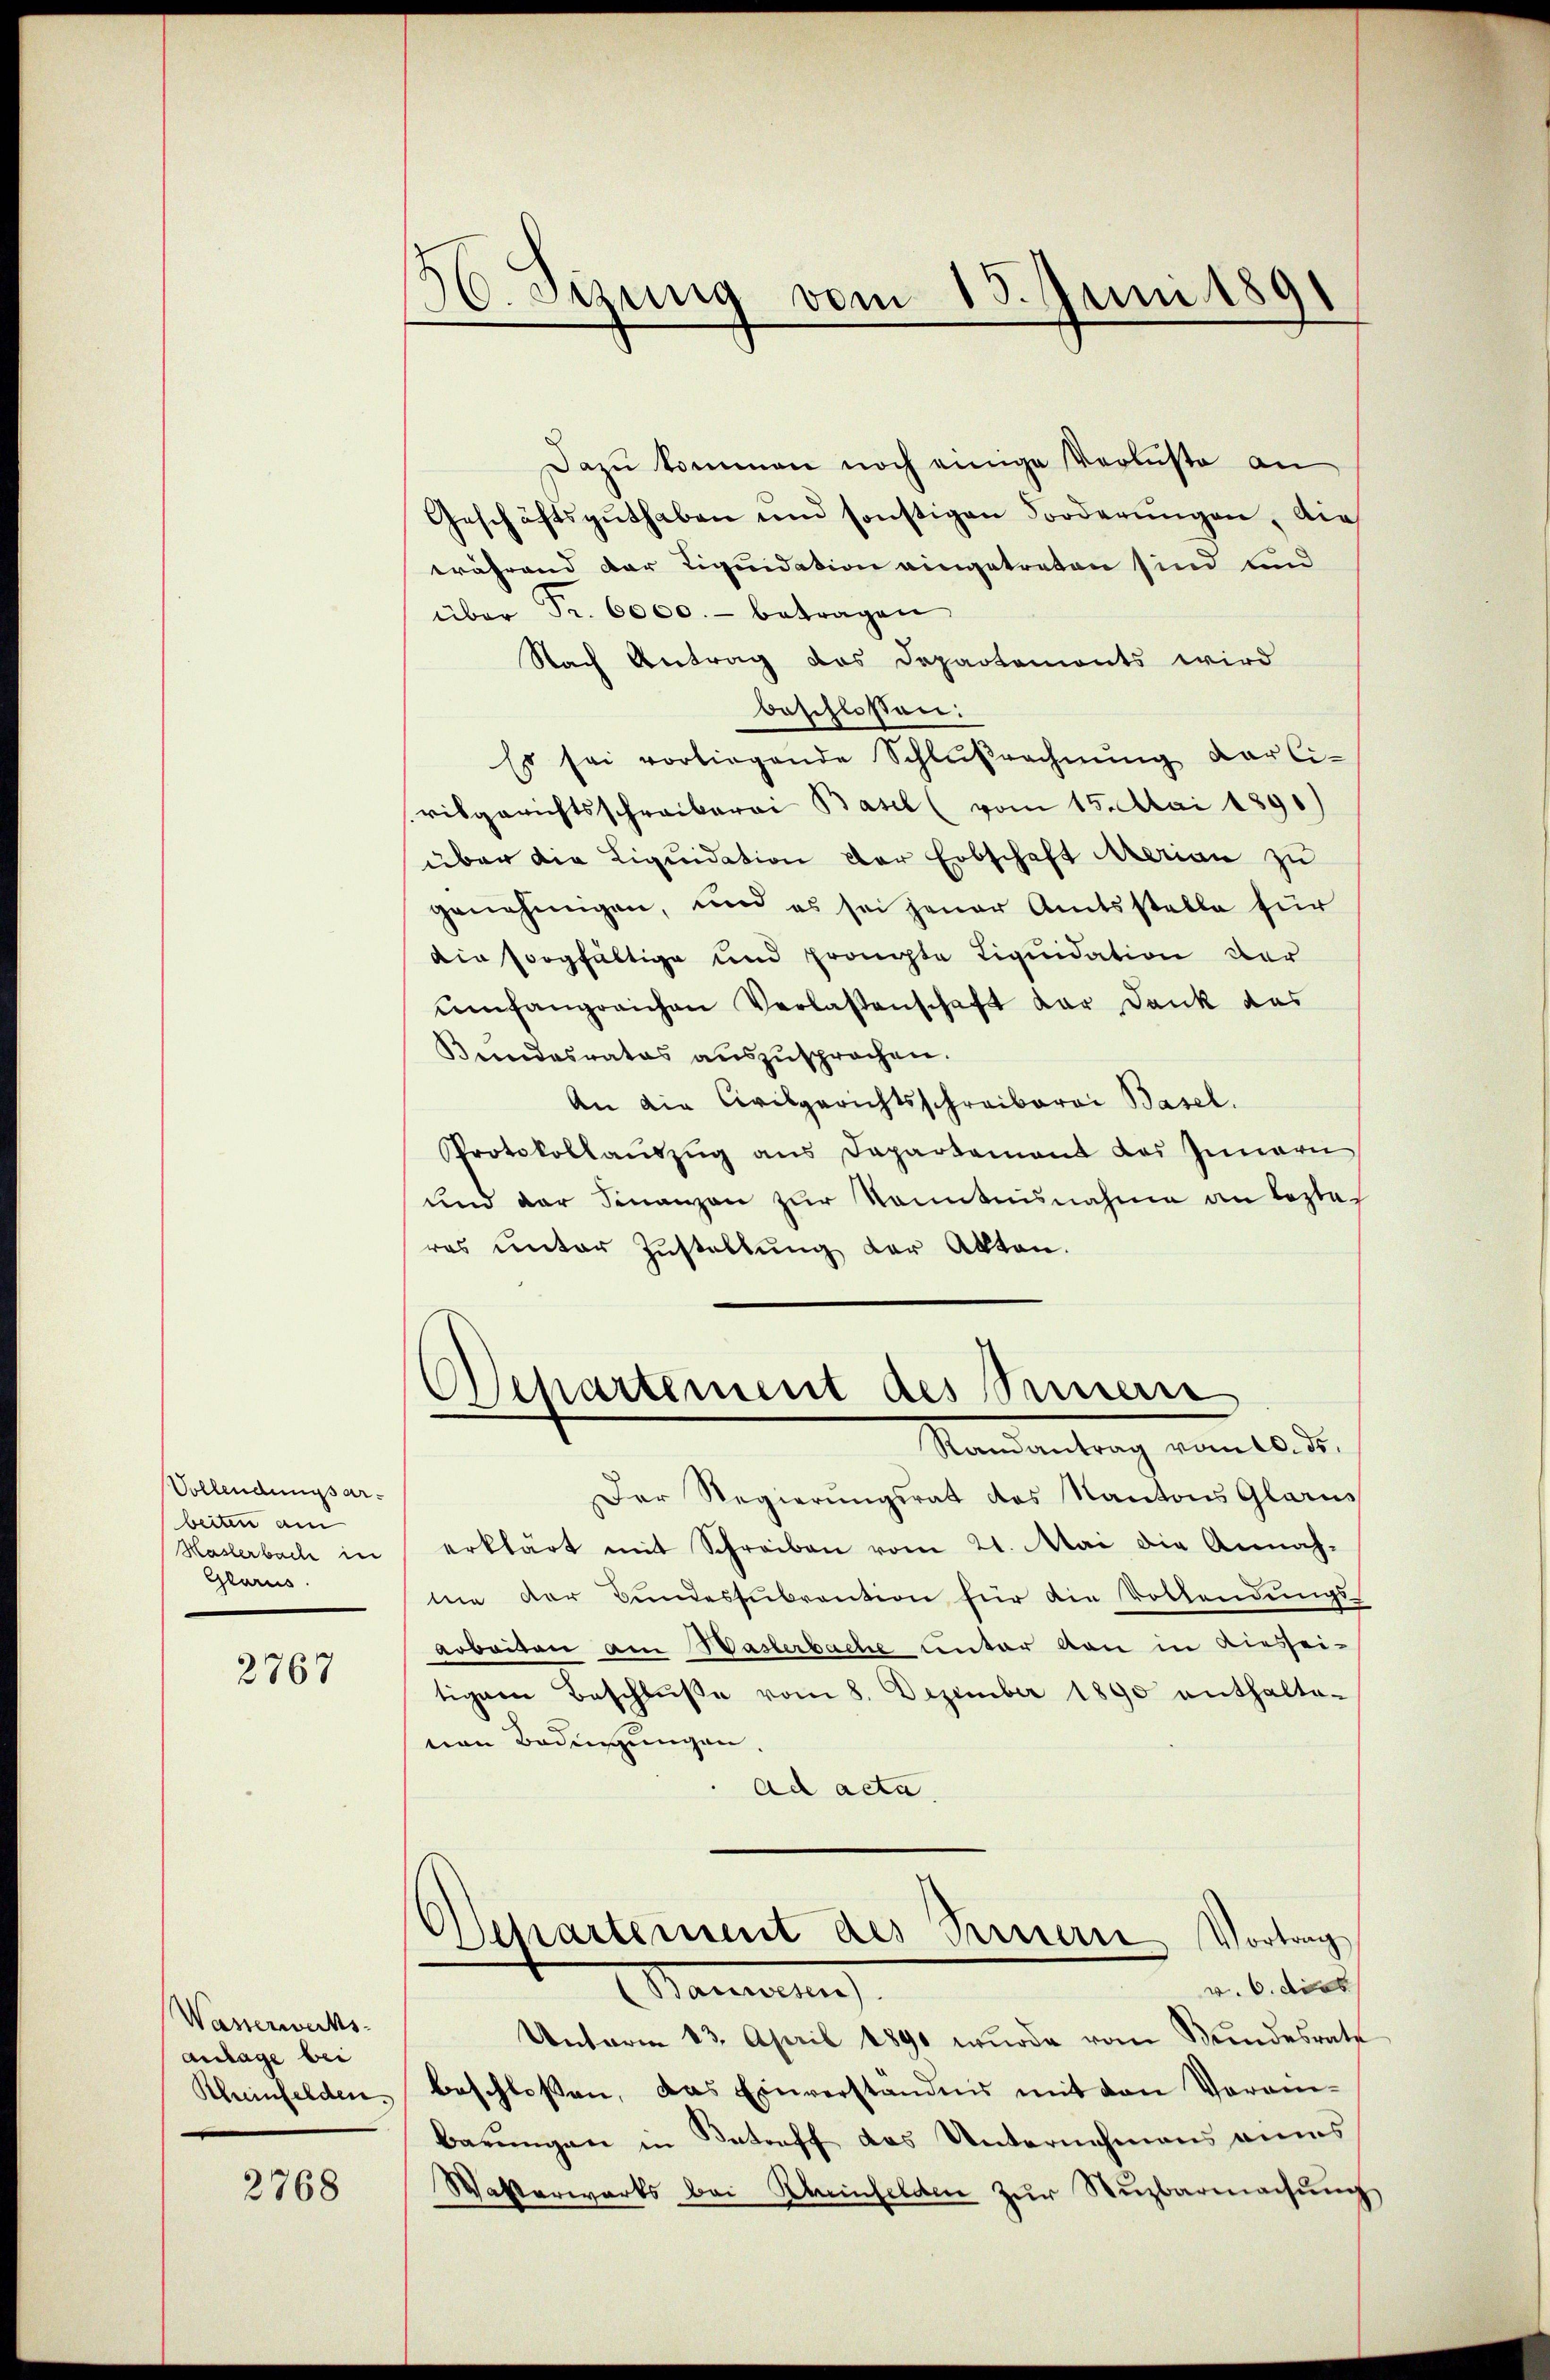
Vollendungsarbeiten am
Haslerbache in
Glarus.

2767

Wasserwerks-
anlage bei
Kheeinfelden.

2768

30. Szung vom 15. Juni 1891

Dazu kommen noch einige Verluste an
Geschäftsguthaben und sonstigen Forderŭngen, die
während der Liquidation eingetreten sind und
über Fr. 6000.- betragen
Nach Antrag des Departemonts wird
beschlossen:
Es sei vorliegende Schlußrechnŭng der Civisgerichtsschreiberei Basel (vom 15. Mai 1890)
über die Liquidation der Erbschaft Merian zu
genehmigen, und es sei jener Amtsstelle für
din sorgfältige und Fronte Liquidation der
umfangreichen Verlaßenschaft der Dank das
Bundesrates auszusprochen.
An die Civilgerichtsschreiberei Basel.
Protokollaŭszŭg ans Departement des Innern
und der Finanzen zur Kenntnisnahme an lezte
ras unter Zustellung der Akten.
Departement des Seiner
Mandantrag vom 10. d.
Der Regierungsrat des Kantons Glarus
erklärt mit Schreiben vom 21. Mai die Annah-
me der Bundessubvention für die Vollendungs-
arbeiten am Wasserbache unter von in diesseitigem Beschlŭβe vom 8. Dezember 1890 enthalte-
von Bedingungen.
ad acta.
Departement des Sinnern Vortrag
v. 6. dies
Manierung
Unterm 23. April 1890 wurde vom Bundesrate
beschlossen, das Einverständnis mit den Voran-
barungen in Betreff das Unternehmens annes
Wasserwärts bei Rheinfelden zur Suzbarmachung